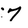
Character: 7